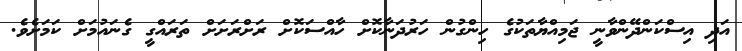
އަދި އިސްކަންދޭންވާނީ ޖަމިއްޔާތަކުގެ ހިންގުން ހަރުދަނާކޮށް ހާއްސަކޮށް ރަށްރަށަށް ތަރައްގީ ގެނައުމަށް ކަމަށެވެ.